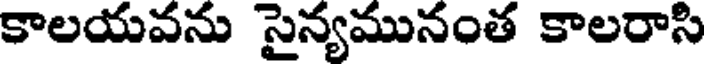
కాలయవను సైన్యమునంత కాలరాసి